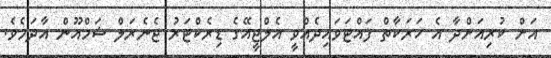
އަށް ކުރިއަށްދާ އެ ހަރަކާތް ފައްޓަވައިދެއްވީ އެލްޖީއޭގެ ޑިރެކްޓަރު ޖެނެރަލް ޝަމްއޫން އާދަމެވެ.